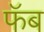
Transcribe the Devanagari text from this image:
फॅब